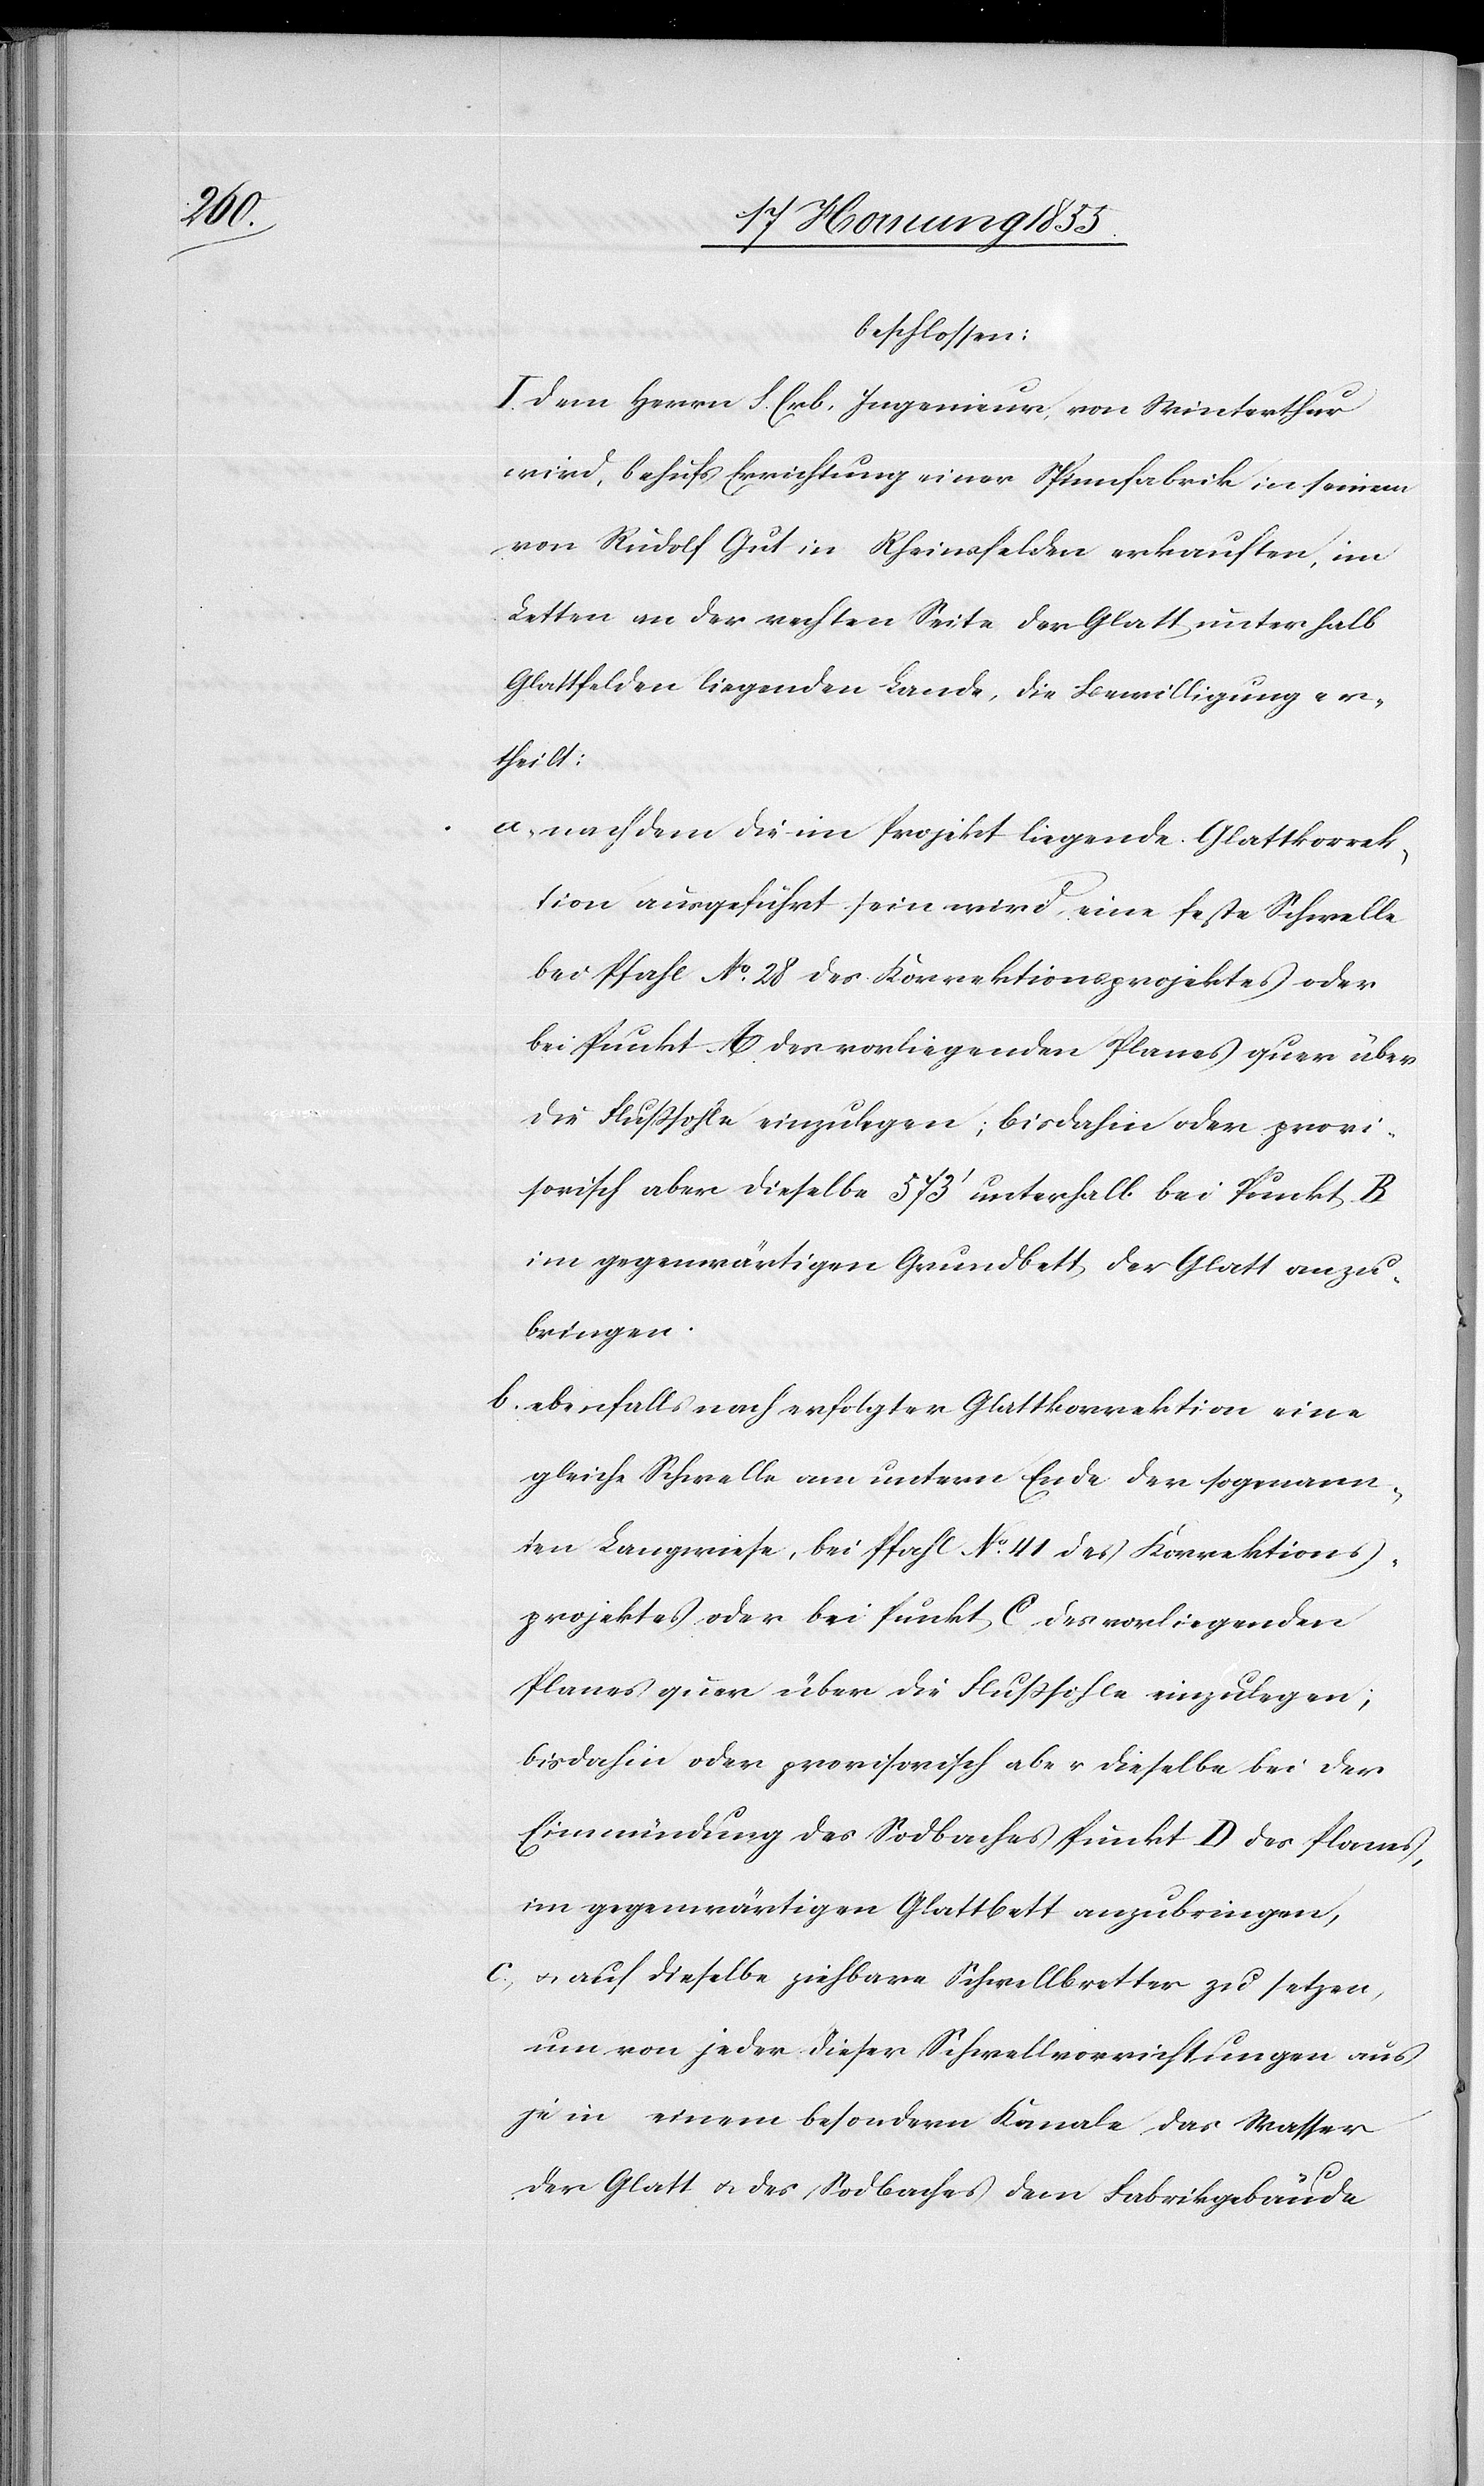
beschlossen:
I. Dem Herrn S. Erb, Ingenieur, von Winterthur
wird, behufs Errichtung einer Spinnfabrik in seinem
von Rudolf Gut in Rheinsfelden erkauften, im
Letten an der rechten Seite der Glatt unterhalb
Glattfelden liegenden Lande, die Bewilligung er¬
theilt:
nachdem die im Projekt liegende Glattkorrek¬
tion ausgeführt sein wird, eine feste Schwelle
bei Pfahl No. 28 des Korrektionsprojektes oder
bei Punkt A des vorliegenden Planes quer über
die Flußsohle einzulegen; bisdahin oder provi¬
sorisch aber dieselbe 573‘ unterhalb bei Punkt B
im gegenwärtigen Grundbett der Glatt anzu¬
bringen.
ebenfalls nach erfolgter Glattkorrektion eine
gleiche Schwelle am untern Ende der sogenann¬
ten Langwiese, bei Pfahl No. 41 des Korrektions¬
projektes oder bei Punkt C des vorliegenden
Planes quer über die Flußsohle einzulegen;
bisdahin oder provisorisch aber dieselbe bei der
Einmündung des Sodbaches Punkt D des Planes,
im gegenwärtigen Glattbett anzubringen,
& auf dieselbe ziehbare Schwellbretter zu setzen,
um von jeder dieser Schwellvorrichtungen aus
je in einem besondern Kanale das Wasser
der Glatt & des Sodbaches dem Fabrikgebäude